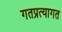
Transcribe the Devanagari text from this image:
गतप्रत्यागत